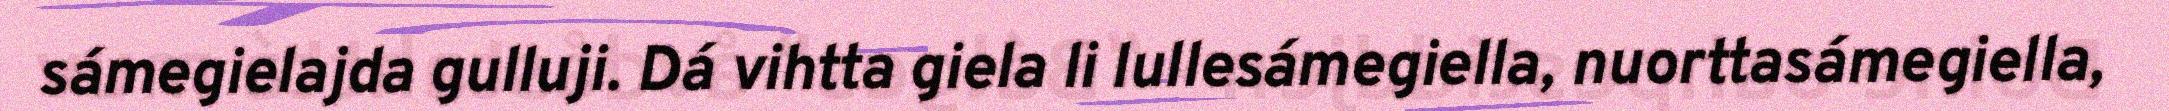
sámegielajda gulluji. Dá vihtta giela li lullesámegiella, nuorttasámegiella,